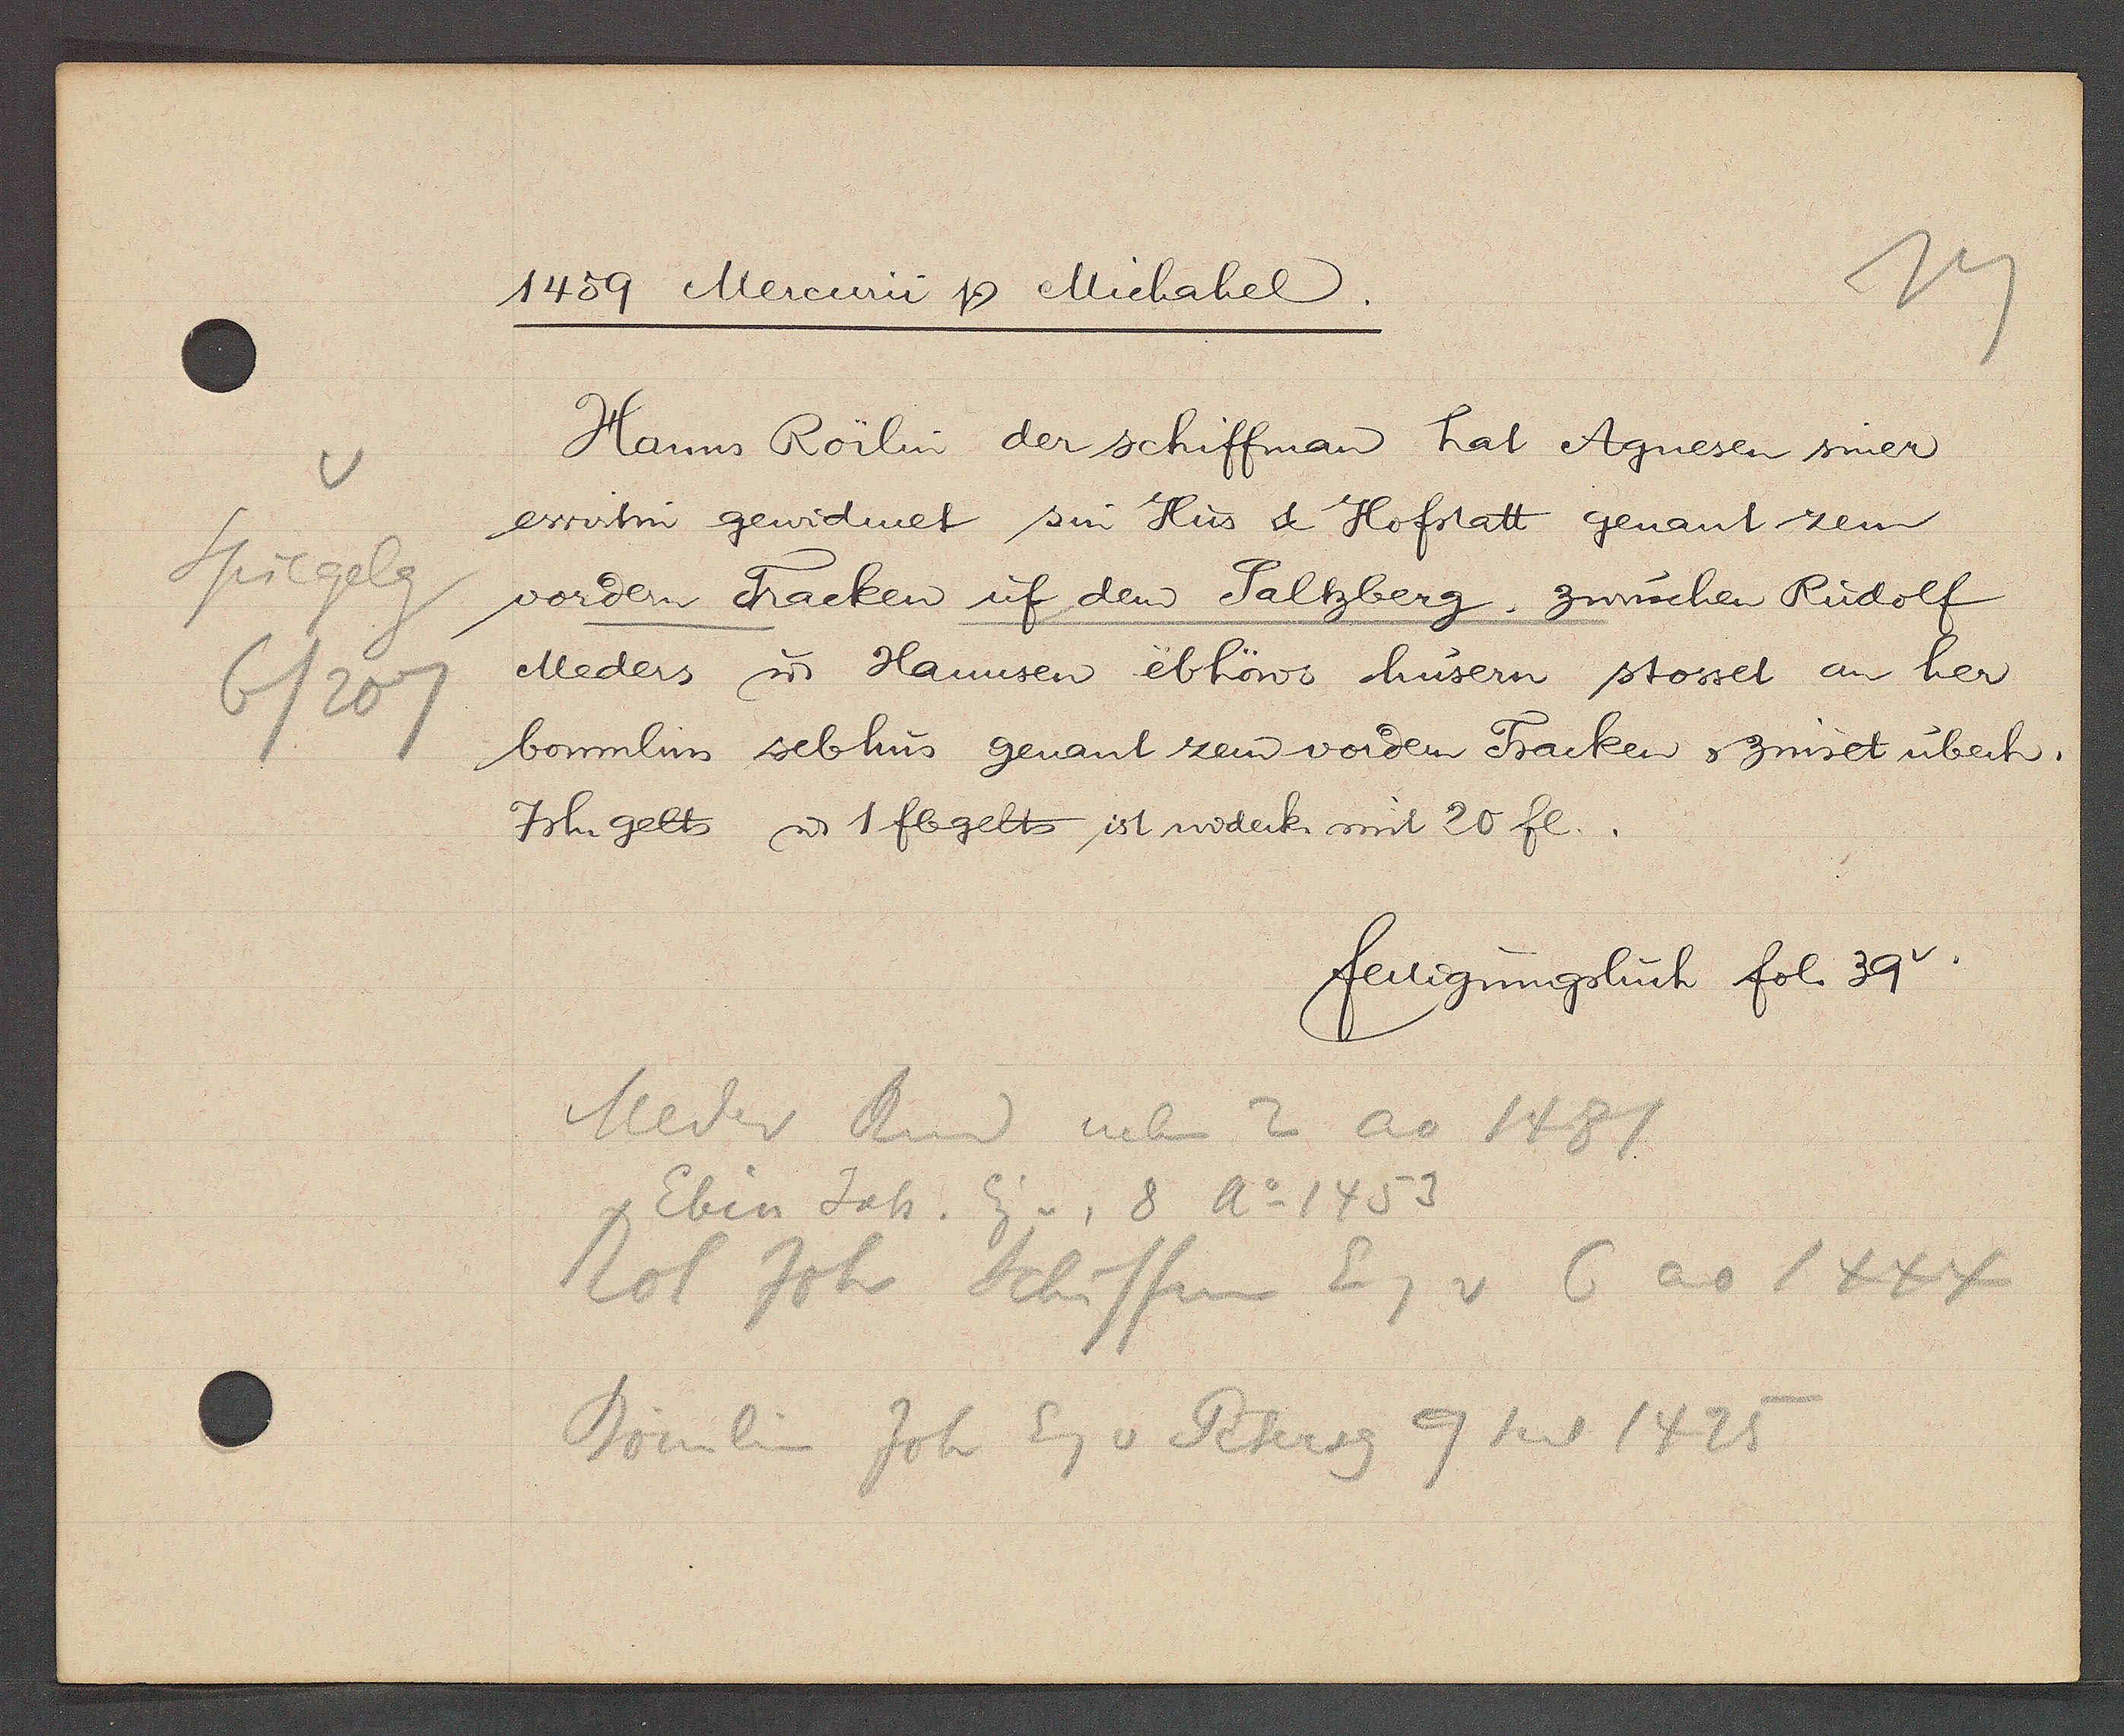
Transcript:
Spiegelg
6/207

1459 Mercurii Ƿ Michahel.

Hanns Rörlin der schiffman hat Agnesen siner
ewirtin gewidmet sin Hus & Hofstatt genant zem
vordern Tracken uf dem Saltzberg, zwüschen Rudolf
Meders u. Hannsen ebhöws hüsern stosset an her
boumlins sebhus genant zem vordern Tracken, zinset überh.
7sh. gelts ư 1 fl gelts ist widerk mit 20 fl.

fertigungsbuch fol. 39.

Meder Rud neben 2 ao 1481
Ebin Joh. Eig v. 8 Ao 1453
Rol Joh. Schiffm Eg v 6 ao 1444
Bömlin Joh Eg v Petersg 9 seit 1425